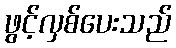
ဖွင့်လှစ်ပေးသည်